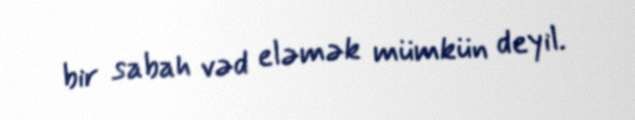
bir sabah vəd eləmək mümkün deyil.